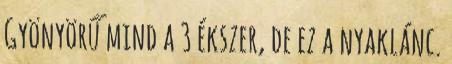
Gyönyörű mind a 3 ékszer, de ez a nyaklánc.